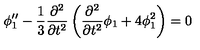
\phi _ { 1 } ^ { \prime \prime } - \frac { 1 } { 3 } \frac { \partial ^ { 2 } } { \partial t ^ { 2 } } \left( \frac { \partial ^ { 2 } } { \partial t ^ { 2 } } { \phi } _ { 1 } + 4 \phi _ { 1 } ^ { 2 } \right) = 0